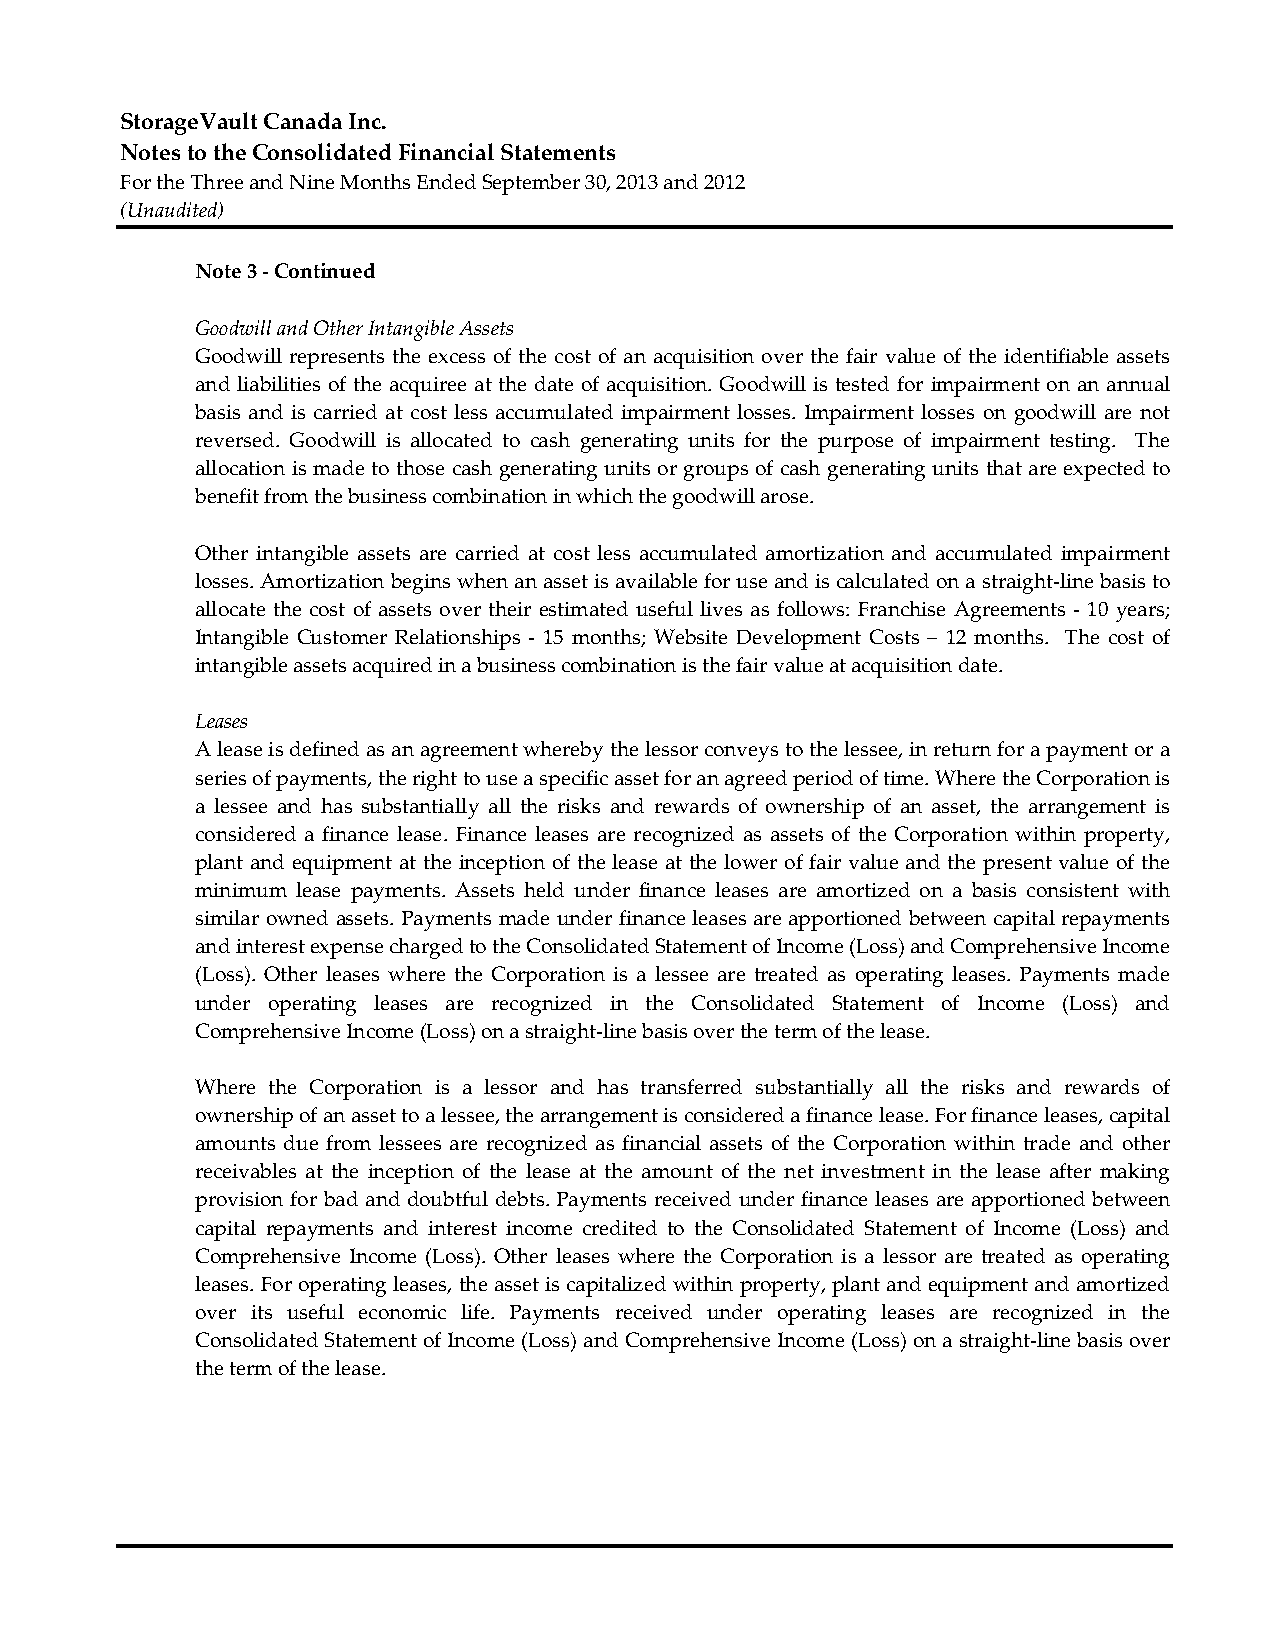
StorageVault Canada Inc.
 Notes to the Consolidated Financial Statements
 For the Three and Nine Months Ended September 30, 2013 and 2012
 (Unaudited)
 Note 3 ‐ Continued
 Goodwill and Other Intangible Assets
 Goodwill represents the excess of the cost of an acquisition over the fair value of the identifiable assets
 and liabilities of the acquiree at the date of acquisition. Goodwill is tested for impairment on an annual
 basis and is carried at cost less accumulated impairment losses. Impairment losses on goodwill are not
 reversed. Goodwill is allocated to cash generating units for the purpose of impairment testing. The
 allocation is made to those cash generating units or groups of cash generating units that are expected to
 benefit from the business combination in which the goodwill arose.
 Other intangible assets are carried at cost less accumulated amortization and accumulated impairment
 losses. Amortization begins when an asset is available for use and is calculated on a straight‐line basis to
 allocate the cost of assets over their estimated useful lives as follows: Franchise Agreements ‐ 10 years;
 Intangible Customer Relationships ‐ 15 months; Website Development Costs – 12 months. The cost of
 intangible assets acquired in a business combination is the fair value at acquisition date.
 Leases
 A lease is defined as an agreement whereby the lessor conveys to the lessee, in return for a payment or a
 series of payments, the right to use a specific asset for an agreed period of time. Where the Corporation is
 a lessee and has substantially all the risks and rewards of ownership of an asset, the arrangement is
 considered a finance lease. Finance leases are recognized as assets of the Corporation within property,
 plant and equipment at the inception of the lease at the lower of fair value and the present value of the
 minimum lease payments. Assets held under finance leases are amortized on a basis consistent with
 similar owned assets. Payments made under finance leases are apportioned between capital repayments
 and interest expense charged to the Consolidated Statement of Income (Loss) and Comprehensive Income
 (Loss). Other leases where the Corporation is a lessee are treated as operating leases. Payments made
 under operating leases are recognized in the Consolidated Statement of Income (Loss) and
 Comprehensive Income (Loss) on a straight‐line basis over the term of the lease.
 Where the Corporation is a lessor and has transferred substantially all the risks and rewards of
 ownership of an asset to a lessee, the arrangement is considered a finance lease. For finance leases, capital
 amounts due from lessees are recognized as financial assets of the Corporation within trade and other
 receivables at the inception of the lease at the amount of the net investment in the lease after making
 provision for bad and doubtful debts. Payments received under finance leases are apportioned between
 capital repayments and interest income credited to the Consolidated Statement of Income (Loss) and
 Comprehensive Income (Loss). Other leases where the Corporation is a lessor are treated as operating
 leases. For operating leases, the asset is capitalized within property, plant and equipment and amortized
 over its useful economic life. Payments received under operating leases are recognized in the
 Consolidated Statement of Income (Loss) and Comprehensive Income (Loss) on a straight‐line basis over
 the term of the lease.